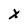
Character: X